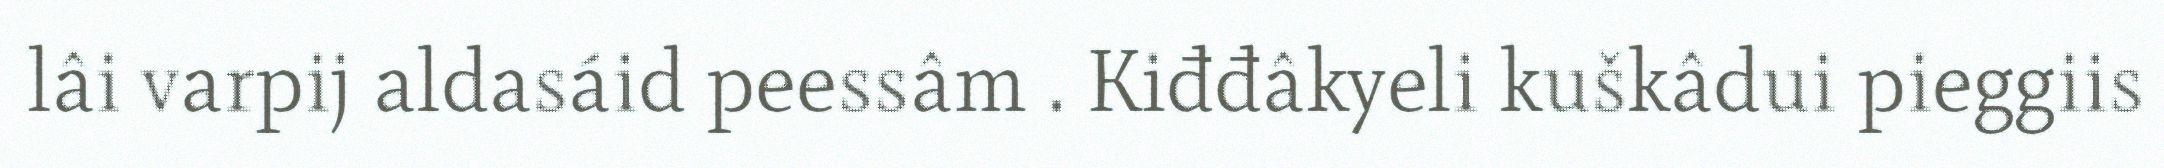
lâi varpij aldasáid peessâm . Kiđđâkyeli kuškâdui pieggiis